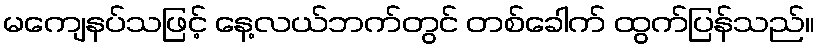
မကျေနပ်သဖြင့် နေ့လယ်ဘက်တွင် တစ်ခေါက် ထွက်ပြန်သည်။